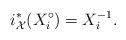
LaTeX: \begin{align*}i_\mathcal{X}^*(X_i^\circ)=X_i^{-1}.\end{align*}